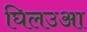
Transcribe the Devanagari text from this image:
घिलउआ